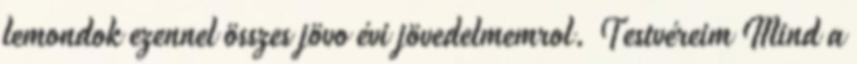
lemondok ezennel összes jövo évi jövedelmemrol. Testvéreim Mind a